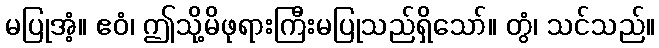
မပြုအံ့။ ဧဝံ၊ ဤသို့မိဖုရားကြီးမပြုသည်ရှိသော်။ တွံ၊ သင်သည်။